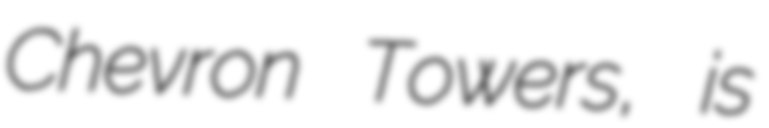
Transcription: Chevron Towers, is